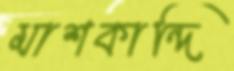
মাশকান্দি